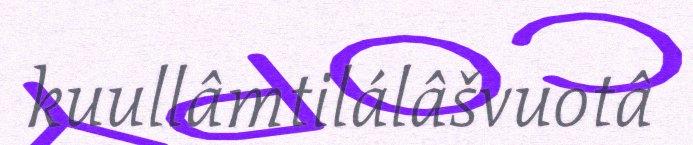
kuullâmtilálâšvuotâ